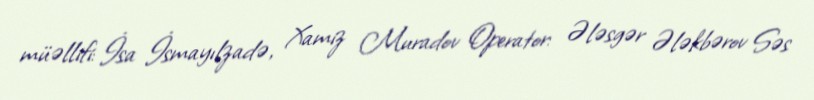
müəllifi: İsa İsmayılzadə, Xamiz Muradov Operator: Ələsgər Ələkbərov Səs